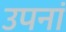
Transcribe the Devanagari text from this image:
उपनां